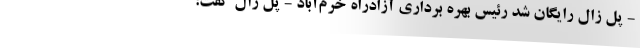
- پل زال رایگان شد رئیس بهره برداری آزادراه خرم‌آباد - پل زال گفت: